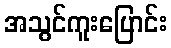
အသွင်ကူးပြောင်း